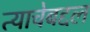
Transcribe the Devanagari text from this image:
त्याचेबद्दल